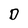
Character: D